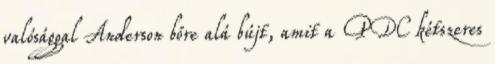
valósággal Anderson bőre alá bújt, amit a PDC kétszeres